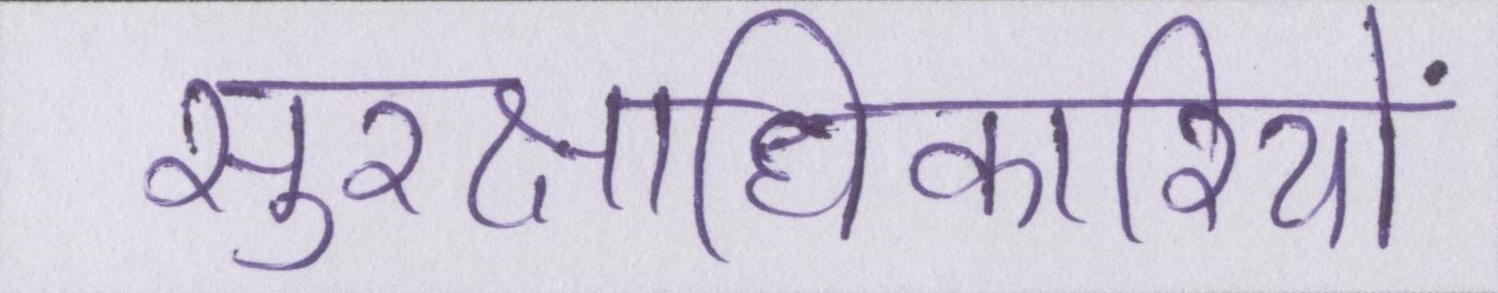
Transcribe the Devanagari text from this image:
सुरक्षाधिकारियों